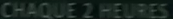
CHAQUE 2 HEURES